Annual report of the Bengal Veterinary College, and of the Civil Veterinary Department, Bengal, for the year 1901-1902 - 1901-1902
Year: 1901
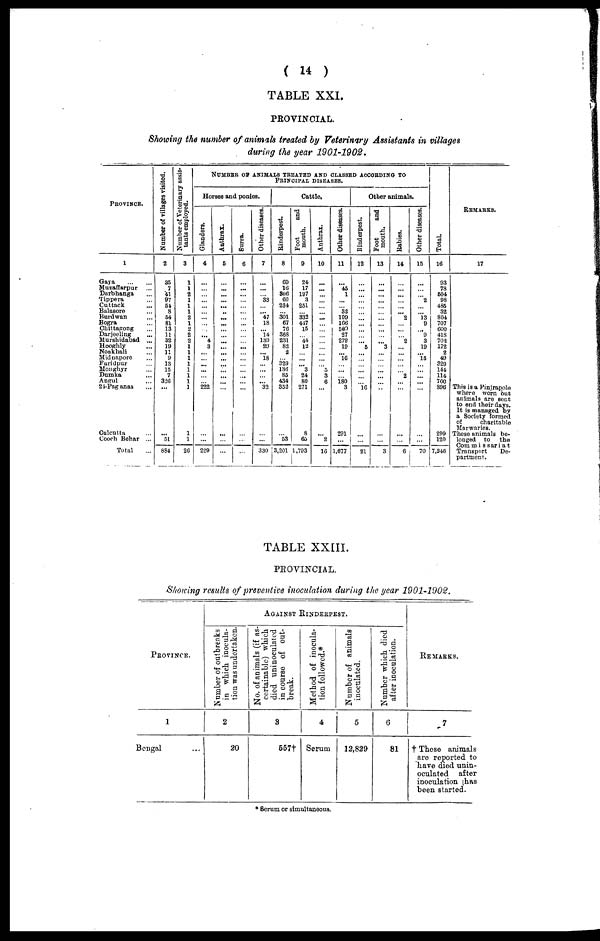
( 14 )
TABLE XXI.
PROVINCIAL.
Showing the number of animals treated by Veterinary Assistants in villages
during the year 1901-1902.
PROVINCE.
1
Gaya
...
...
Muzaffarpur ...
Darbhanga ...
Tippera ...
Cuttack ...
Balasore ...
Burdwan ...
Bogra ...
Chittagong ...
Darjeeling ...
Murshidabad ...
Hooghly ...
Noakhali ...
Midnapore ...
Faridpur ...
Monghyr ...
Dumka ...
Ansul ...
24-Paganas ...
Calcutta ...
Cooch Behar ...
Total ...
Number of villages visited.
2
35
7
41
97
51
8
5<1
81
13
11
82
19
11
9
13
15
7
320
...
...
51
884
Number of Veterinary assis-
tants employed.
3
1
1
2
1
1
1
2
1
2
2
2
1
1
1
1
1
1
1
1
1
1
26
NUMBER OF ANIMALS TREATED AND CLASSED ACCORDING- TO PRINCIPAL DISEASE
Horses and ponies.
Glanders.
4
...
...
...
...
...
...
...
...
...
...
4
3
...
...
...
...
...
...
222
...
...
229
Anthrax.
5
...
...
...
...
...
...
...
...
...
...
...
...
...
...
...
...
...
...
...
...
...
...
Surra.
6
...
...
...
...
...
...
...
...
...
...
...
...
...
...
...
...
...
...
...
...
...
Other diseases.
7
...
...
...
33
...
... 47
18
...
l4
139
29
...
l8
...
...
...
...
32
...
...
330
Cattle,
Rinderpest.
8
09
10
306
60
234
...
301
67
70
368
231
82
2
...
329
136
85
434
352
...
53
3,201
Foot
and
mouth.
9
24
17
197
3
251
...
332
417
15
...
44
12
...
...
...
3
24
80
271
8
65
1,793
Anthrax.
10
...
...
...
...
...
...
...
...
...
...
...
...
...
...
...
5
3
6
...
... 2
13
Other diseases.
11
...
45
1
...
...
32
109
166
509
27
279
19
... 16
...
...
...
180
3
291
...
1,677
Other animals.
Rinderpest.
12
...
...
...
...
...
...
...
...
...
...
... 5
...
...
...
...
...
...
16
...
...
21
Foot
and
mouth.
13
...
...
...
...
...
...
...
...
...
...
...
3
...
...
...
...
...
...
...
...
...
3
Rabies.
14
...
...
...
...
...
... 2
...
...
...
2
...
...
...
...
...
2
...
...
...
...
6
Other diseases.
15
...
...
...
2
...
... 13
9
... 9
3
19
...
15
...
...
...
...
...
...
...
70
Tot al .
16
93
78
504
98
485
32
804
707
600
418
702
172
2
49
329
144
114
700
896
299
120
7,346
REMARKS.
17
This is a Pinjapole
where worn out
animals are sent
to end their days.
It is managed by
a Society formed
of
charitable
Marwaries.
These animals be-
longed to the
Commissariat
Transport
De-
partment.
TABLE XXIII.
PROVINCIAL.
Showing results of preventive inoculation during the year 1901-1902.
Province.
1
Bengal ...
Against Rinderpest.
Number of outbrenks
in which inocula-
tion was undertaken.
2
20
No. of animals (if as-
certainable) which
died uninoculated
in course of out-
break.
3
557t
Method of inocula-
tion followed.*
4
Serum
Number of animals
inoculated.
5
12,829
Number which died
after inoculation.
6
81
Remarks.
7
† These animals
are reported to
have died unin-
oculated
after
inoculation has
been started.
* Serum or simultaneous,